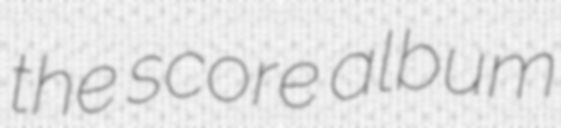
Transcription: the score album